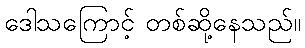
ဒေါသကြောင့် တစ်ဆို့နေသည်။